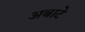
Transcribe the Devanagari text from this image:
अबाटे